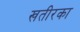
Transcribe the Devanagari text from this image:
खतीरका